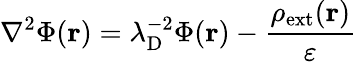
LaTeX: \nabla^{2}\Phi(\mathbf{r})=\lambda_{\mathrm{{D}}}^{-2}\Phi(\mathbf{r})-{\frac{\rho_{\mathrm{{ext}}}(\mathbf{r})}{\varepsilon}}